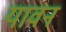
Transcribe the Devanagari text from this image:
यावन